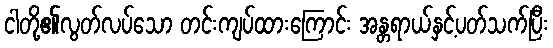
ငါတို့၏လွတ်လပ်သော တင်းကျပ်ထားကြောင်း အန္တရာယ်နှင့်ပတ်သက်ပြီး